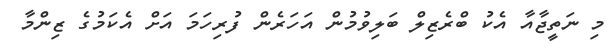
މި ނަތީޖާއާ އެކު ބްރެޒިލް ބަލިވުމުން އަހަރެން ފުރިހަމަ އަށް އެކަމުގެ ޒިންމާ